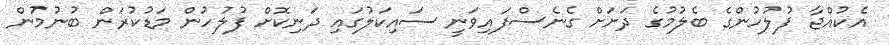
އެކުއްޖާ ފުލުހުންގެ ބެލުމުގެ ދަށަށް ގެނެސްފައިވަނީ ސައިކަލުގައި ދަނިކޮށް ފުލުހުން މަޑުކުރަން ބުނުމުން